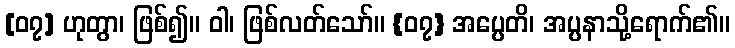
[၀၇] ဟုတွာ၊ ဖြစ်၍။ ဝါ၊ ဖြစ်လတ်သော်။ {၀၇} အပ္ပေတိ၊ အပ္ပနာသို့ရောက်၏။